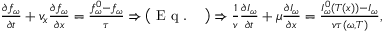
\begin{array} { r } { \frac { \partial f _ { \omega } } { \partial t } + v _ { x } \frac { \partial f _ { \omega } } { \partial x } = \frac { f _ { \omega } ^ { 0 } - f _ { \omega } } { \tau } \Rightarrow \big ( \textrm { E q . ~ } \big ) \Rightarrow \frac { 1 } { v } \frac { \partial I _ { \omega } } { \partial t } + \mu \frac { \partial I _ { \omega } } { \partial x } = \frac { I _ { \omega } ^ { 0 } ( T ( x ) ) - I _ { \omega } } { v \tau ( \omega , T ) } , } \end{array}